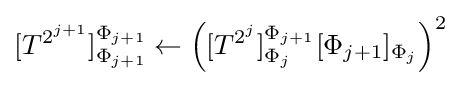
[T^{2^{j+1}}]_{\Phi _{j+1}}^{\Phi _{j+1}}\leftarrow \left([T^{2^{j}}]_{\Phi _{j}}^{\Phi _{j+1}}[\Phi _{j+1}]_{\Phi _{j}}\right)^{2}